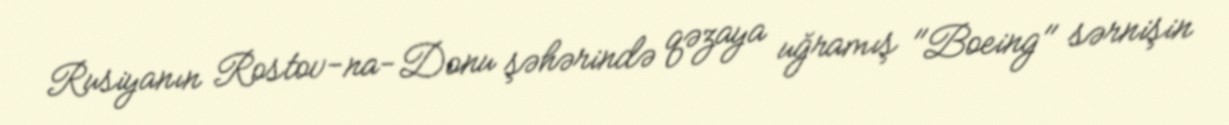
Rusiyanın Rostov-na-Donu şəhərində qəzaya uğramış "Boeing" sərnişin